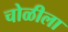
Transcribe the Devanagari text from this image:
चोळीला